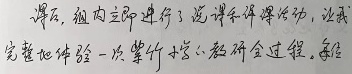
课后，组内立即进行了说课评课活动，让我完整地体验一次紫竹小学的教研全过程，亲身体验了一次紫竹小学的教研全过程。